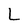
Character: L